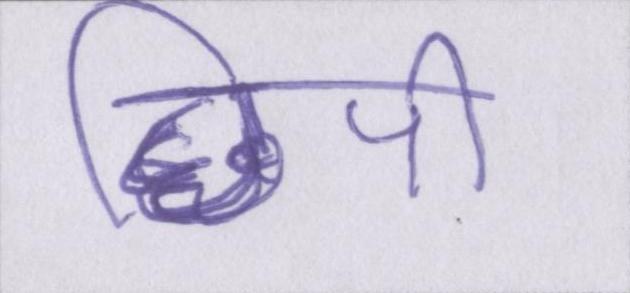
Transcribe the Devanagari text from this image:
छिपी